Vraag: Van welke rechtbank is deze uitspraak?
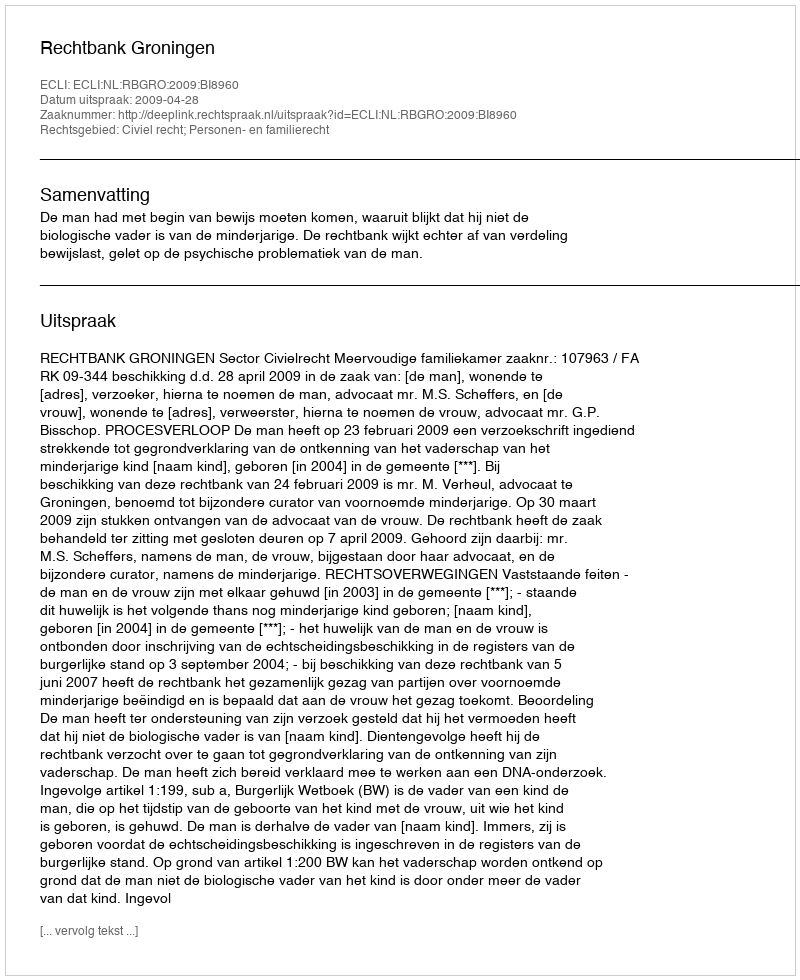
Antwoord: Rechtbank Groningen